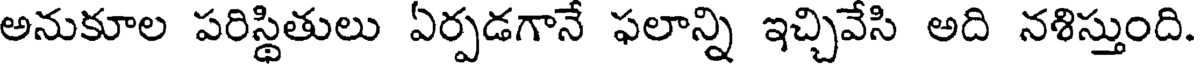
అనుకూల పరిస్థితులు ఏర్పడగానే ఫలాన్ని ఇచ్చివేసి అది నశిస్తుంది.